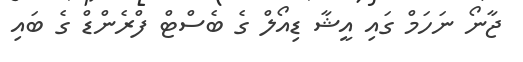
ޖާނޯ ނަހަމް ގައި އީޝާ ޑިއޯލް ގެ ބެސްޓް ފްރެންޑް ގެ ބައި